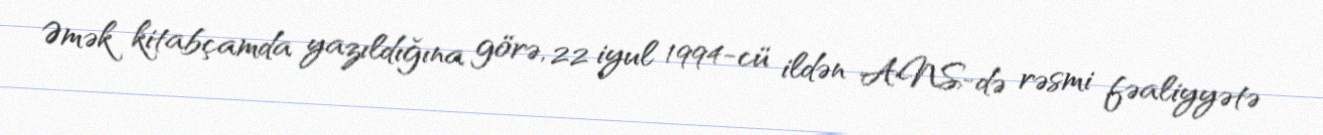
Əmək kitabçamda yazıldığına görə, 22 iyul 1994-cü ildən ANS-də rəsmi fəaliyyətə